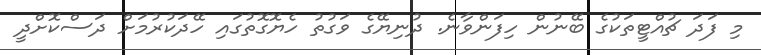
މި ފަދަ ޗުއްޓީތަކުގެ ބޭނުން ހިފަންވާނެ. ދުނިޔޭގެ ވަގުތު ހެޔޮގޮތުގައި ހޭދަކުރުމަށް ދަސްކޮށްދީ